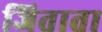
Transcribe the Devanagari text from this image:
जिताता